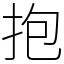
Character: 抱